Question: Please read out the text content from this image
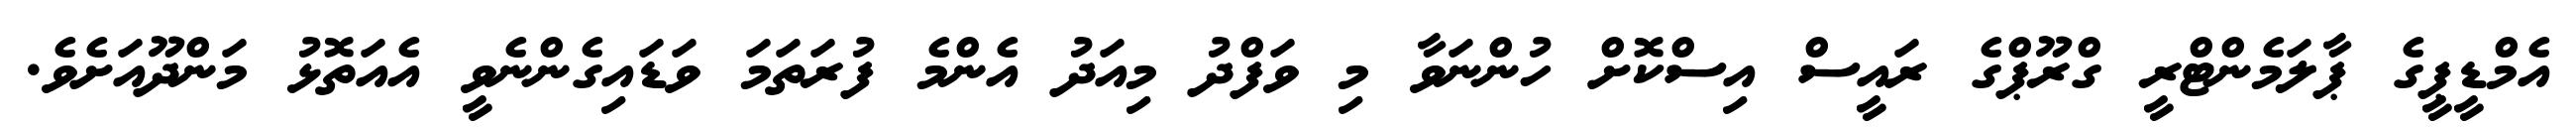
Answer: އެމްޑީޕީގެ ޕާލަމެންޓްރީ ގްރޫޕްގެ ރައީސް އިސްކޮށް ހުންނަވާ މި ވަފްދު މިއަދު އެންމެ ފުރަތަމަ ވަޑައިގެންނެވީ އެއަތޮޅު މަންދޫއަށެވެ.